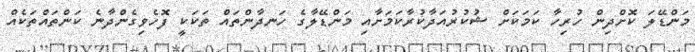
މަންޑޭލަ ކޮށްދިން ހުރިހާ ކަމަކަށް ޝުކުރުއަދާކުރާކަމަށާއި މަންޑޭލާގެ ހަނދާންތައް ތަކަކީ ފޮހެވިގެންދާނެ ކަންތައްތަކެއް